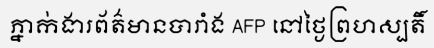
ភ្នាក់ងារព័ត៌មានបារាំង AFP នៅថ្ងៃព្រហស្បតិ៍